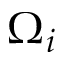
\Omega _ { i }